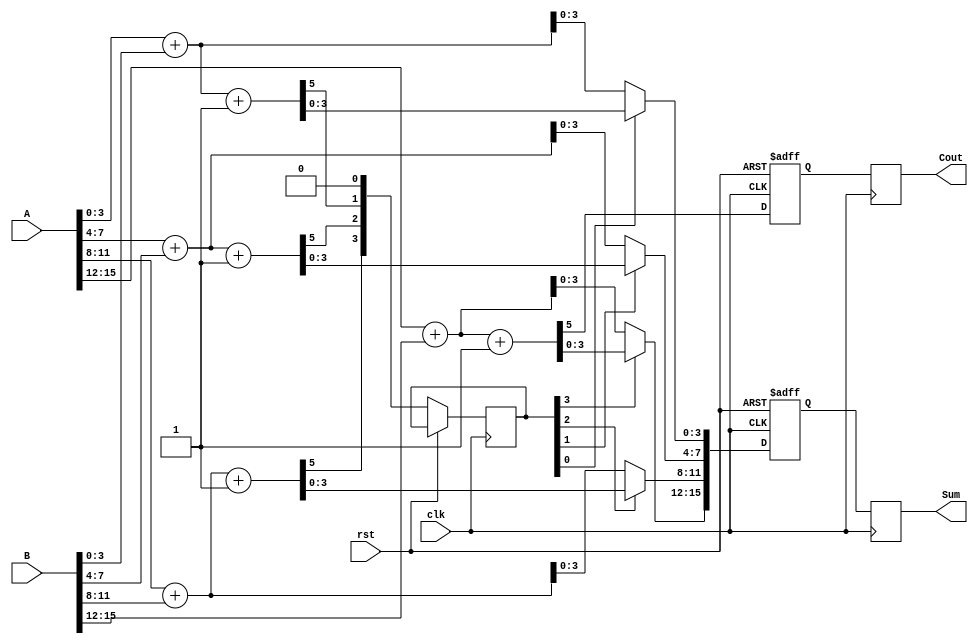
module Pipelined_Carry_Select_Adder (
    input wire clk,
    input wire rst,
    input wire [15:0] A, // 16-bit input A
    input wire [15:0] B, // 16-bit input B
    output reg [15:0] Sum, // 16-bit Sum output
    output reg Cout // Carry out
);

// Parameters
parameter SEGMENT_SIZE = 4; // Size of each segment
parameter NUM_SEGMENTS = 4; // Number of segments

// Internal signals
reg [SEGMENT_SIZE-1:0] A_seg [0:NUM_SEGMENTS-1];
reg [SEGMENT_SIZE-1:0] B_seg [0:NUM_SEGMENTS-1];
reg [SEGMENT_SIZE:0] Sum0 [0:NUM_SEGMENTS-1]; // Sum if carry-in is 0
reg [SEGMENT_SIZE:0] Sum1 [0:NUM_SEGMENTS-1]; // Sum if carry-in is 1
reg [NUM_SEGMENTS-1:0] Cout_seg; // Carry out for each segment
reg [NUM_SEGMENTS-1:0] carry_in; // Carry in for each segment

// Latch outputs
reg [15:0] Sum_latch;
reg Cout_latch;

// Segment calculation
integer i;
always @(*) begin
    for (i = 0; i < NUM_SEGMENTS; i = i + 1) begin
        A_seg[i] = A[(i+1)*SEGMENT_SIZE-1:i*SEGMENT_SIZE];
        B_seg[i] = B[(i+1)*SEGMENT_SIZE-1:i*SEGMENT_SIZE];
        
        // Calculate sums assuming carry-in is 0
        {Cout_seg[i], Sum0[i]} = A_seg[i] + B_seg[i];
        
        // Calculate sums assuming carry-in is 1
        {Cout_seg[i], Sum1[i]} = A_seg[i] + B_seg[i] + 1'b1;
    end
end

// Pipelined carry selection
always @(posedge clk or posedge rst) begin
    if (rst) begin
        Sum_latch <= 16'b0;
        Cout_latch <= 1'b0;
    end else begin
        // Propagate carry through segments
        carry_in[0] <= 1'b0; // Initial carry-in for the first segment
        for (i = 0; i < NUM_SEGMENTS; i = i + 1) begin
            if (i > 0) carry_in[i] <= Cout_seg[i-1];
            // Select the appropriate sum based on carry-in
            if (carry_in[i] == 1'b0) begin
                Sum_latch[(i+1)*SEGMENT_SIZE-1:i*SEGMENT_SIZE] <= Sum0[i][SEGMENT_SIZE-1:0];
            end else begin
                Sum_latch[(i+1)*SEGMENT_SIZE-1:i*SEGMENT_SIZE] <= Sum1[i][SEGMENT_SIZE-1:0];
            end
        end
        // Final carry-out
        Cout_latch <= Cout_seg[NUM_SEGMENTS-1];
    end
end

// Assign outputs
always @(posedge clk) begin
    Sum <= Sum_latch;
    Cout <= Cout_latch;
end

endmodule